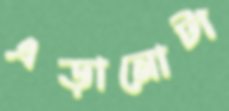
এড়ানোটা